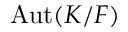
\operatorname { A u t } ( K / F )